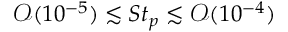
\mathcal O ( 1 0 ^ { - 5 } ) \lesssim S t _ { p } \lesssim \mathcal O ( 1 0 ^ { - 4 } )